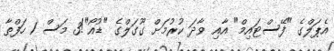
އެޕަލްގެ "ފޭސްޓައިމް" އާއި ވާދަ ކުރުމަށް ގޫގަލްގެ "ޑުއޯ"!3 މަސް 1 ހަފްތާ